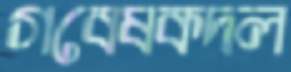
গবেষকদল